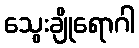
သွေးချိုရောဂါ